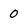
Character: 0